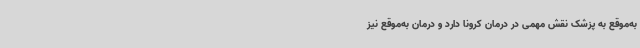
به‌موقع به پزشک نقش مهمی در درمان کرونا دارد و درمان به‌موقع نیز